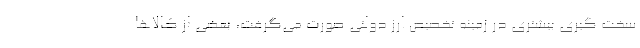
سخت گیری بیشتری در زمینه تخصیص ارز دولتی صورت می‌گرفت، بعضی از کالاها